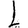
Digit: 1